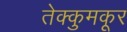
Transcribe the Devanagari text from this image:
तेक्कुमकूर